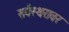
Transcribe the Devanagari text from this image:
सर्वस्थरावर